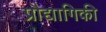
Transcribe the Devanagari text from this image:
प्रौद्यागिकी